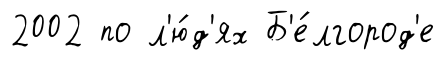
2002 по л'ю́д'ях Б'е́лгород'е